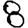
Digit: 8